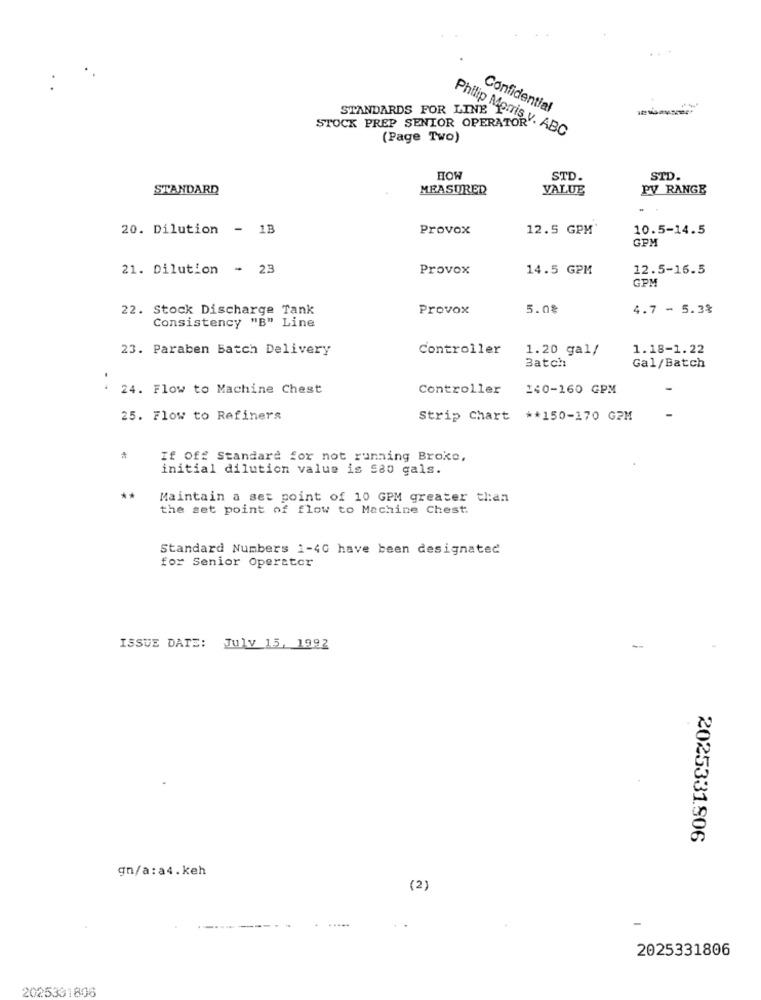
Philip Mo
Confidential
STOCK PREP SENIOR OPERATOR
STANDARDS FOR LINE TITIS V. ABC
(Page Two)
STD.
STANDARD
MEASURED
VALUE
PV RANGE
20. Dilution - 1B
Provox
12.5 GPM'
10.5-14.5
GPM
21. Dilution - 23
Provox
14.5 GPM
12.5-16.5
GPM
22. Stock Discharge Tank
Provox
5.0%
4.7 - 5.3%
Consistency "B" Line
23. Paraben Batch Delivery
Controller
1.20 gal/
1.18-1.22
Batch
Gal/Batch
24. Flow to Machine Chest
Controller
140-160 GPM
25. Flow to Refiners
Strip Chart ** 150-170 GPM
#
If Off Standard for not running Broke,
initial dilution value is 580 gals.
Maintain a set point of 10 GPM greater than
the set point of flow to Machine Chest.
Standard Numbers 1-40 have been designated
for Senior Operator
ISSUE DATE: July 15, 1992
2025331.806
gn/a:a4.keh
(2)
-
. .
2025331806
2025331806